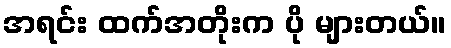
အရင်း ထက်အတိုးက ပို များတယ်။